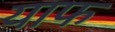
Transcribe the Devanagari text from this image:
याफ